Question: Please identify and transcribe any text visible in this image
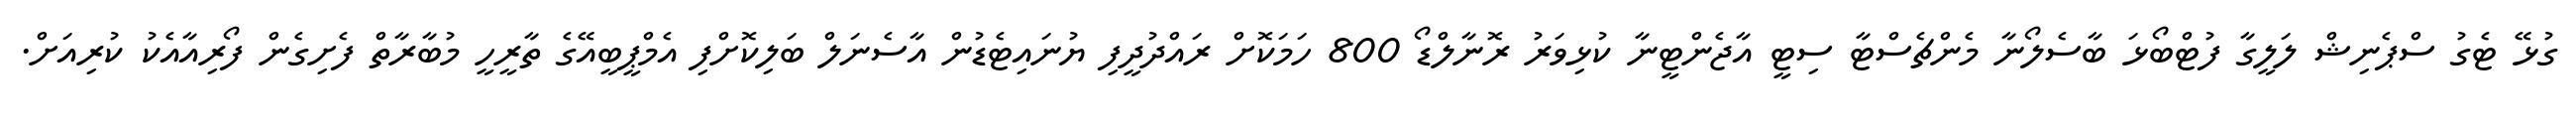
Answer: ގުޅޭ ޓެގު ސްޕެނިޝް ލަލީގާ ފުޓްބޯޅަ ބާސެލޯނާ މެންޗެސްޓާ ސިޓީ އާޖެންޓީނާ ކުޅިވަރު ރޮނާލްޑޯ 800 ހަމަކޮށް ރައްދުދީފި ޔުނައިޓެޑުން އާސެނަލް ބަލިކޮށްފި އެމްޕީބީއޭގެ ތާރީހީ މުބާރާތް ފެށިގެން ފޯރިއާއެކު ކުރިއަށް.